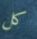
كل